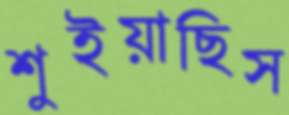
শুইয়াছিস